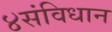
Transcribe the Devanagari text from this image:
४संविधान